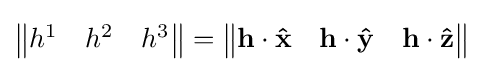
{\begin{Vmatrix}h^{1}&h^{2}&h^{3}\end{Vmatrix}}={\begin{Vmatrix}\mathbf {h} \cdot \mathbf {\hat {x}} &\mathbf {h} \cdot \mathbf {\hat {y}} &\mathbf {h} \cdot \mathbf {\hat {z}} \end{Vmatrix}}